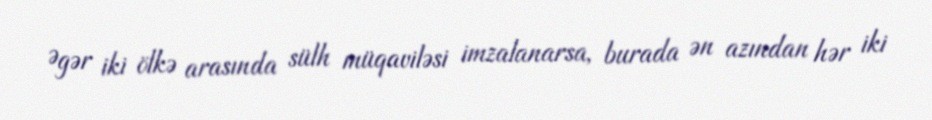
Əgər iki ölkə arasında sülh müqaviləsi imzalanarsa, burada ən azından hər iki